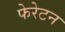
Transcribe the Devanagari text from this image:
फेरेटन